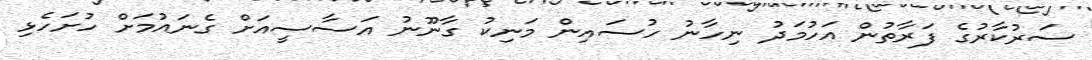
ސަރުކާރުގެ ފަރާތުން އަހުމަދު ނިހާނު ހުސައިން މަނިކު ގާނޫނު އަސާސީއަށް ގެނައުމަށް ހުށަހެޅި